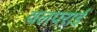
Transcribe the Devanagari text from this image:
वलपराई